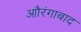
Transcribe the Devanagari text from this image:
आौरंगाबाद